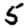
Digit: 5